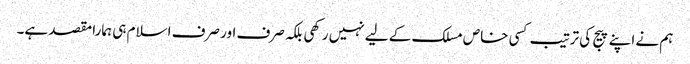
ہم نے اپنے پیج کی ترتیب کسی خاص مسلک کے لیے نہیں رکھی بلکہ صرف اور صرف اسلام ہی ہمارا مقصد ہے۔